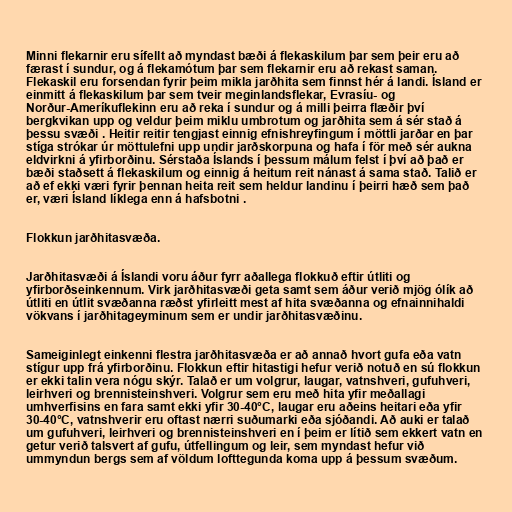
Minni flekarnir eru sífellt að myndast bæði á flekaskilum þar sem þeir eru að
færast í sundur, og á flekamótum þar sem flekarnir eru að rekast saman.
Flekaskil eru forsendan fyrir þeim mikla jarðhita sem finnst hér á landi. Ísland er
einmitt á flekaskilum þar sem tveir meginlandsflekar, Evrasíu- og
Norður-Ameríkuflekinn eru að reka í sundur og á milli þeirra flæðir því
bergkvikan upp og veldur þeim miklu umbrotum og jarðhita sem á sér stað á
þessu svæði . Heitir reitir tengjast einnig efnishreyfingum í möttli jarðar en þar
stíga strókar úr möttulefni upp undir jarðskorpuna og hafa í för með sér aukna
eldvirkni á yfirborðinu. Sérstaða Íslands í þessum málum felst í því að það er
bæði staðsett á flekaskilum og einnig á heitum reit nánast á sama stað. Talið er
að ef ekki væri fyrir þennan heita reit sem heldur landinu í þeirri hæð sem það
er, væri Ísland líklega enn á hafsbotni .

Flokkun jarðhitasvæða.

Jarðhitasvæði á Íslandi voru áður fyrr aðallega flokkuð eftir útliti og
yfirborðseinkennum. Virk jarðhitasvæði geta samt sem áður verið mjög ólík að
útliti en útlit svæðanna ræðst yfirleitt mest af hita svæðanna og efnainnihaldi
vökvans í jarðhitageyminum sem er undir jarðhitasvæðinu.

Sameiginlegt einkenni flestra jarðhitasvæða er að annað hvort gufa eða vatn
stígur upp frá yfirborðinu. Flokkun eftir hitastigi hefur verið notuð en sú flokkun
er ekki talin vera nógu skýr. Talað er um volgrur, laugar, vatnshveri, gufuhveri,
leirhveri og brennisteinshveri. Volgrur sem eru með hita yfir meðallagi
umhverfisins en fara samt ekki yfir 30-40°C, laugar eru aðeins heitari eða yfir
30-40°C, vatnshverir eru oftast nærri suðumarki eða sjóðandi. Að auki er talað
um gufuhveri, leirhveri og brennisteinshveri en í þeim er lítið sem ekkert vatn en
getur verið talsvert af gufu, útfellingum og leir, sem myndast hefur við
ummyndun bergs sem af völdum lofttegunda koma upp á þessum svæðum.